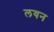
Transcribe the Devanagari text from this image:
लयन